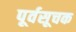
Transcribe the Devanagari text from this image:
पूर्वसूचक